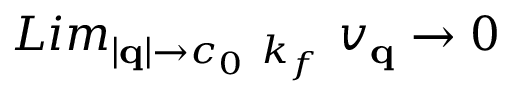
L i m _ { | { \bf { q } } | \rightarrow c _ { 0 } \mathrm { ~ } k _ { f } } \mathrm { ~ } v _ { { \bf { q } } } \rightarrow 0